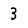
Character: 3